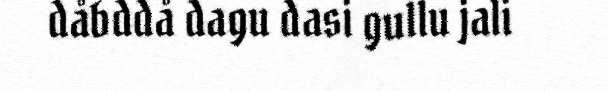
dåbddå dagu dasi gullu jali